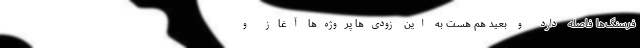
فرسنگ‌ها فاصله دارد و بعید هم هست به این زودی‌ها پروژه‌ها آغاز و